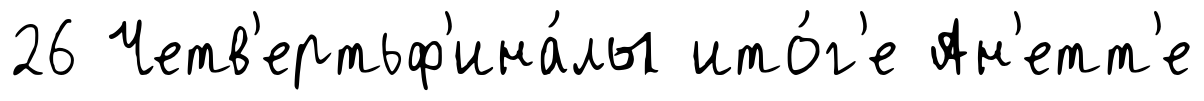
26 Четв'ертьф'ина́лы ито́г'е Ан'етт'е